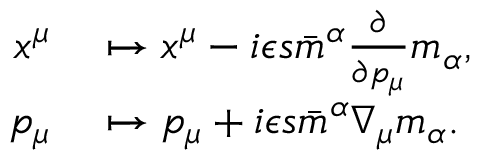
\begin{array} { r l } { x ^ { \mu } } & { { } \mapsto x ^ { \mu } - i \epsilon s \bar { m } ^ { \alpha } \frac { \partial } { \partial p _ { \mu } } { m } _ { \alpha } , } \\ { p _ { \mu } } & { { } \mapsto p _ { \mu } + i \epsilon s \bar { m } ^ { \alpha } \nabla _ { \mu } { m } _ { \alpha } . } \end{array}